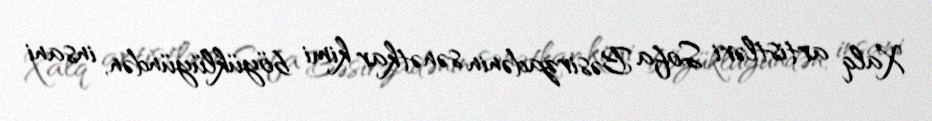
Xalq artistləri Sofa Bəsirzadənin sənətkar kimi böyüklüyündən, insani